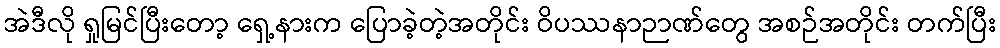
အဲဒီလို ရှုမြင်ပြီးတော့ ရှေ့နားက ပြောခဲ့တဲ့အတိုင်း ဝိပဿနာဉာဏ်တွေ အစဉ်အတိုင်း တက်ပြီး